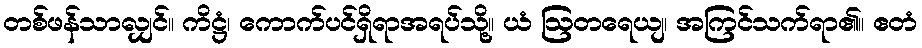
တစ်ဖန်သာလျှင်။ ကိဋ္ဌံ၊ ကောက်ပင်ရှိရာအရပ်သို့။ ယံ ဩတရေယျ၊ အကြင်သက်ရာ၏။ ဧတံ